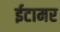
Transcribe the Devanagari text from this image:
ईटामर